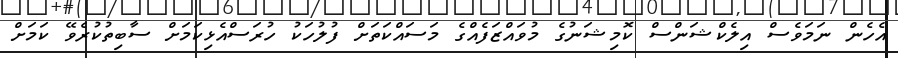
އެހެން ނަމަވެސް އިލެކްޝަންސް ކޮމިޝަނުގެ މުވައްޒަފެއްގެ މަސައްކަތަށް ފުލުހަކު ހުރަސްއެޅިކަމަށް ސާބިތުކުރެވޭ ކަމަށް